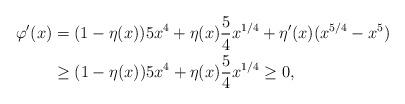
LaTeX: \begin{align*}\varphi'(x)&=(1-\eta(x))5x^4+\eta(x) \frac54 x^{1/4}+\eta'(x)(x^{5/4}-x^5)\\&\ge (1-\eta(x))5x^4+\eta(x) \frac54 x^{1/4}\ge 0,\end{align*}